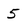
Character: 5